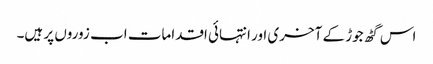
اس گٹھ جوڑ کے آخری اور انتہائی اقدامات اب زوروں پر ہیں۔